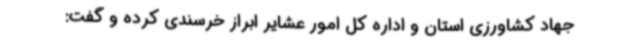
جهاد کشاورزی استان و اداره کل امور عشایر ابراز خرسندی کرده و گفت: